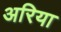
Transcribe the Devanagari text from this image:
अरिया